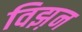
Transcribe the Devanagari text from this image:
विझ़न